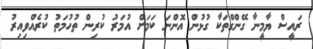
ރައީސް ޔާމީނާ ގޭންގްތަކާ ގުޅުން އޮންނަ ކަމަށް އުމަރު ކުރިން ތުހުމަތު ކުރެއްވިއިރު